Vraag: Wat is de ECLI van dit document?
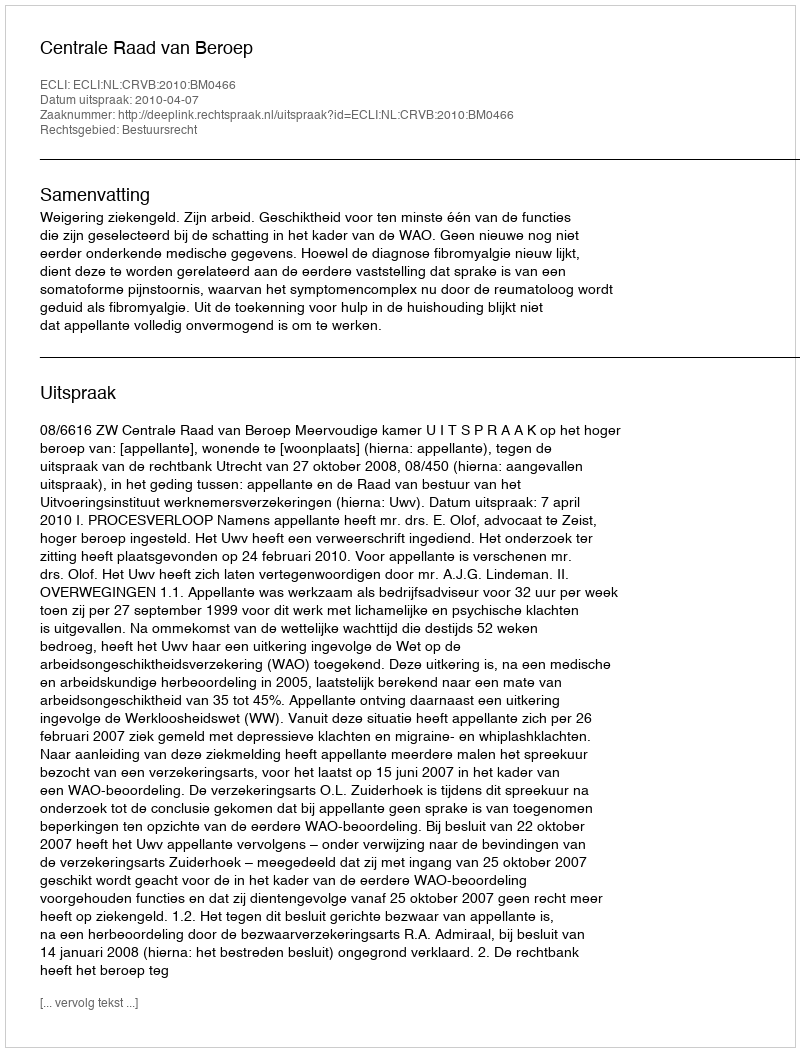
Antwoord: ECLI:NL:CRVB:2010:BM0466